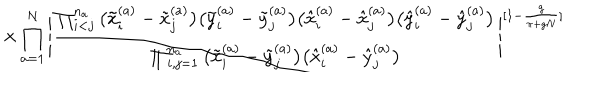
LaTeX: \times \prod _ { a = 1 } ^ { N } \Bigg | \frac { \prod _ { i < j } ^ { n _ { a } } \big ( \tilde { x } _ { i } ^ { ( a ) } - \tilde { x } _ { j } ^ { ( a ) } \big ) \big ( \tilde { y } _ { i } ^ { ( a ) } - \tilde { y } _ { j } ^ { ( a ) } \big ) \big ( \hat { x } _ { i } ^ { ( a ) } - \hat { x } _ { j } ^ { ( a ) } \big ) \big ( \hat { y } _ { i } ^ { ( a ) } - \hat { y } _ { j } ^ { ( a ) } \big ) } { \prod _ { i , j = 1 } ^ { n _ { a } } \big ( \tilde { x } _ { i } ^ { ( a ) } - \tilde { y } _ { j } ^ { ( a ) } \big ) \big ( \hat { x } _ { i } ^ { ( a ) } - \hat { y } _ { j } ^ { ( a ) } \big ) } \Bigg | ^ { [ 1 - \frac { g } { \pi + g N } ] }